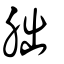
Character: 胐